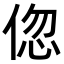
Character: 𬾠